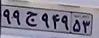
۹۹ج۹۴۹۵۳